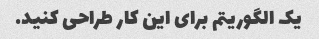
یک الگوریتم برای این کار طراحی کنید.